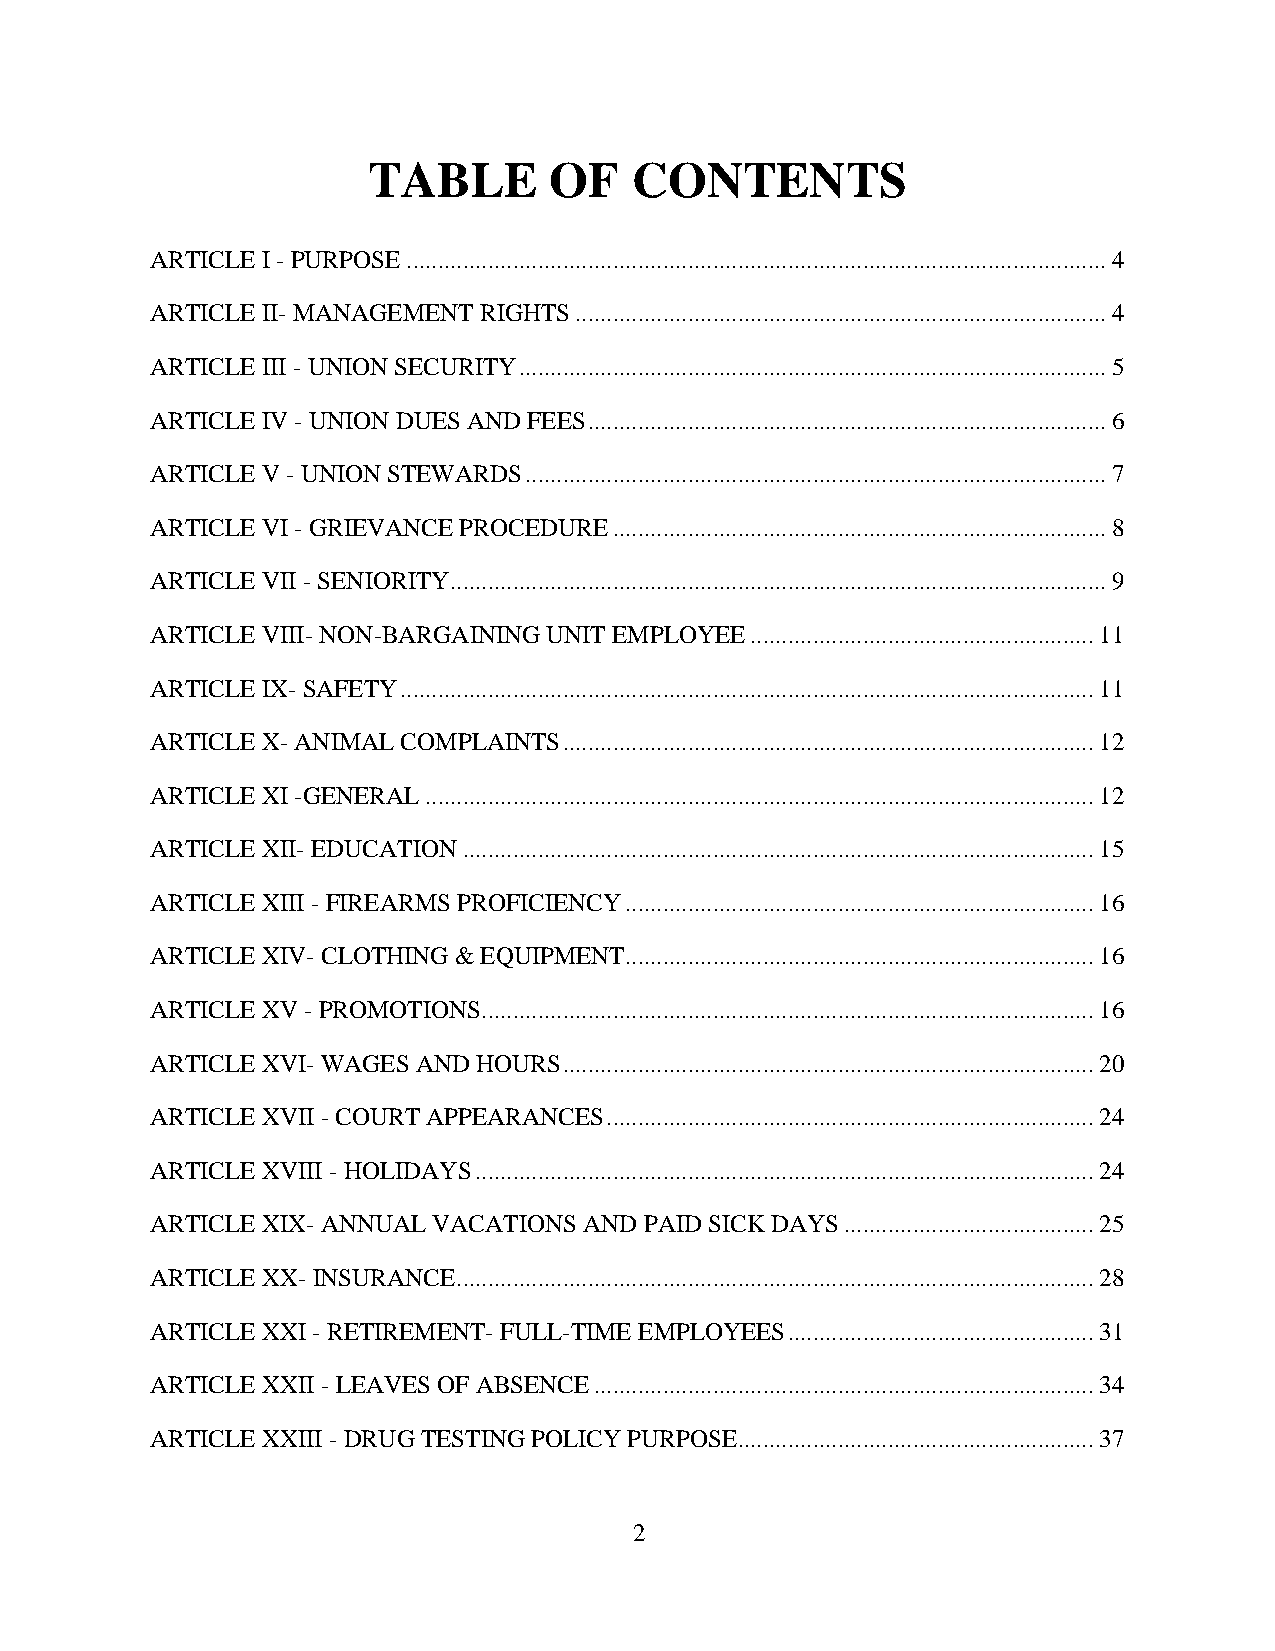
TABLE       OF    CONTENTS
 ARTICLE I - PURPOSE ................................................................................................................ 4
 ARTICLE II- MANAGEMENT RIGHTS ..................................................................................... 4
 ARTICLE III - UNION SECURITY .............................................................................................. 5
 ARTICLE IV - UNION DUES AND FEES ................................................................................... 6
 ARTICLE V - UNION STEWARDS ............................................................................................. 7
 ARTICLE VI - GRIEVANCE PROCEDURE ............................................................................... 8
 ARTICLE VII - SENIORITY ......................................................................................................... 9
 ARTICLE VIII- NON-BARGAINING UNIT EMPLOYEE ....................................................... 11
 ARTICLE IX- SAFETY ............................................................................................................... 11
 ARTICLE X- ANIMAL COMPLAINTS ..................................................................................... 12
 ARTICLE XI -GENERAL ........................................................................................................... 12
 ARTICLE XII- EDUCATION ..................................................................................................... 15
 ARTICLE XIII - FIREARMS PROFICIENCY ........................................................................... 16
 ARTICLE XIV- CLOTHING & EQUIPMENT........................................................................... 16
 ARTICLE XV - PROMOTIONS.................................................................................................. 16
 ARTICLE XVI- WAGES AND HOURS ..................................................................................... 20
 ARTICLE XVII - COURT APPEARANCES .............................................................................. 24
 ARTICLE XVIII - HOLIDAYS ................................................................................................... 24
 ARTICLE XIX- ANNUAL VACATIONS AND PAID SICK DAYS ........................................ 25
 ARTICLE XX- INSURANCE ...................................................................................................... 28
 ARTICLE XXI - RETIREMENT- FULL-TIME EMPLOYEES ................................................. 31
 ARTICLE XXII - LEAVES OF ABSENCE ................................................................................ 34
 ARTICLE XXIII - DRUG TESTING POLICY PURPOSE......................................................... 37
 2